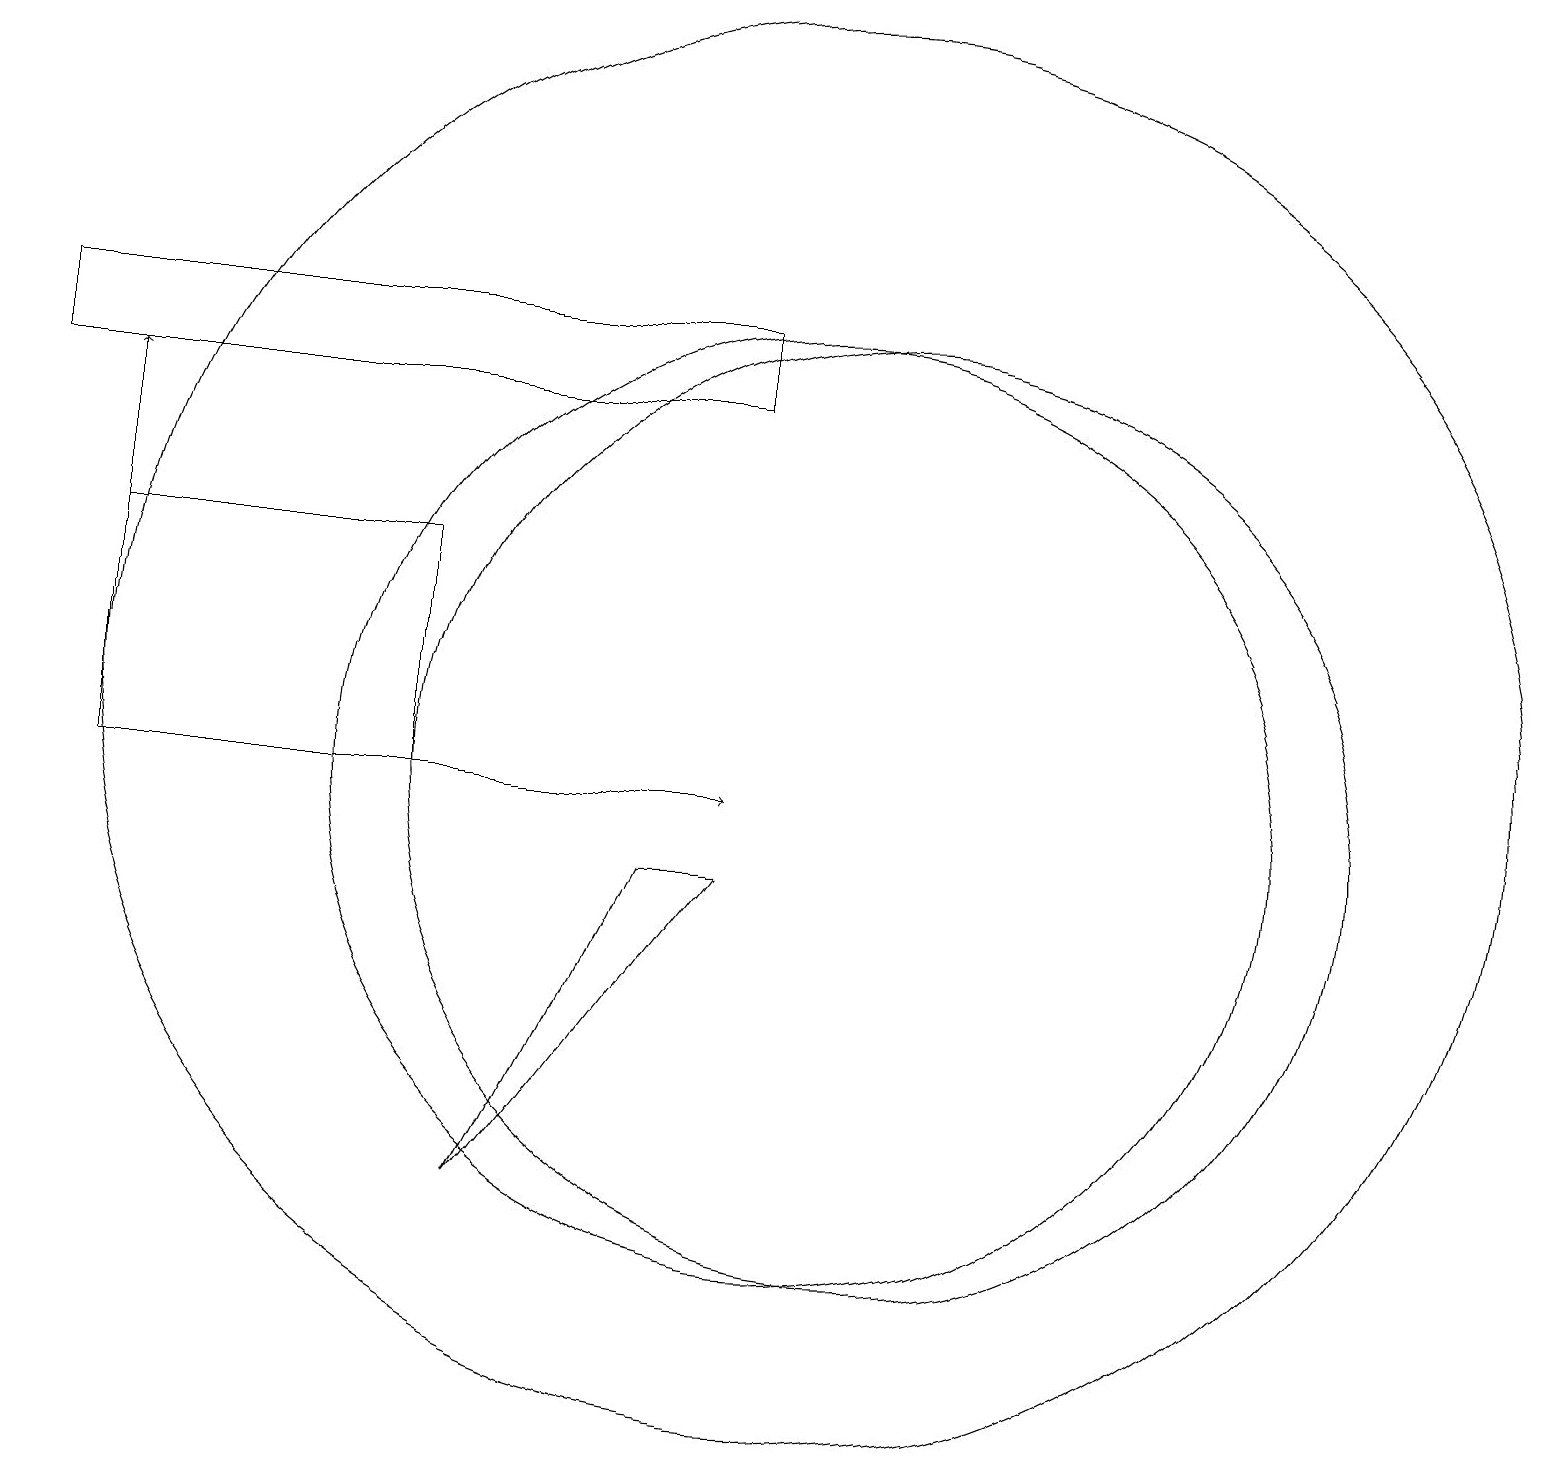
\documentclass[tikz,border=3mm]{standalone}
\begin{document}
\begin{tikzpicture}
\draw (10,11) circle (9);
\draw (5,10) rectangle (1,13);
\draw (9,15) rectangle (0,16);
\draw (10,10) circle (6);
\draw (11,10) circle (6);
\draw[->] (1,13) -- (1,15);
\draw[->] (1,10) -- (9,10);
\draw (6,5) -- (8,9) -- (9,9) -- cycle;
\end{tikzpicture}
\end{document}